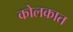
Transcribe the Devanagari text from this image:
कोलकात